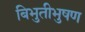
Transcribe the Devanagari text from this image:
बिभुतीभुषण